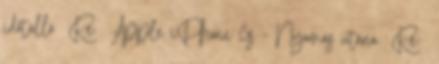
időtálló Re: Apple iPhone 6s - Nyomás utána Re: